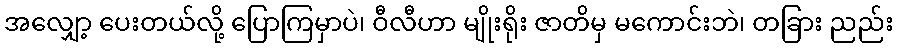
အလျှော့ ပေးတယ်လို့ ပြောကြမှာပဲ၊ ဝီလီဟာ မျိုးရိုး ဇာတိမှ မကောင်းဘဲ၊ တခြား ညည်း